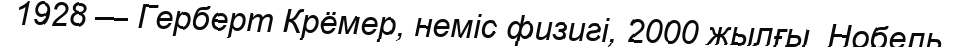
1928 — Герберт Крёмер, неміс физигі, 2000 жылғы  Нобель